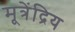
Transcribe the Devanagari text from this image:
मूत्रेंद्रिय